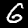
Digit: 6